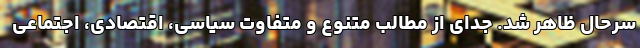
سرحال ظاهر شد. جدای از مطالب متنوع و متفاوت سیاسی، اقتصادی، اجتماعی